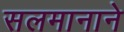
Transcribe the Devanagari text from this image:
सलमानाने